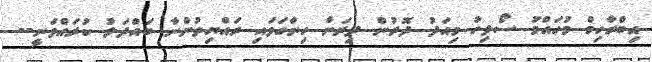
އިބްރާހިމް މުހައްމަު ސޯލިހު މިއަދު ދޮރުން ދިރަށް ހިންގަވައި ރައްޔިތުންނާ ބައްދަލު ކުރައްވަނީ--